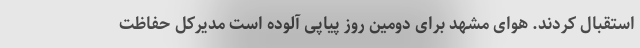
استقبال کردند. هوای مشهد برای دومین روز پیاپی آلوده است مدیرکل حفاظت